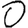
Digit: 0